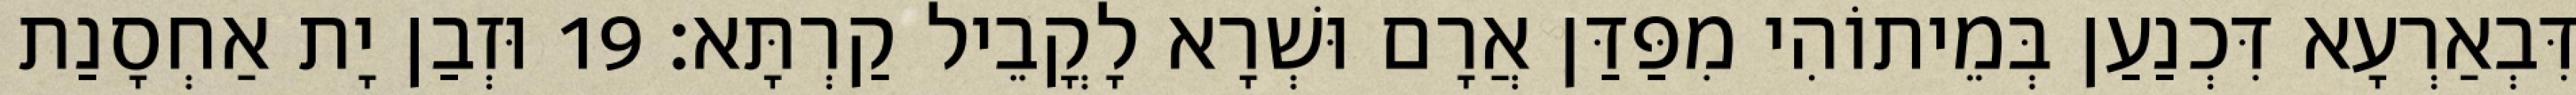
דִּבְאַרְעָא דִּכְנַעַן בְּמֵיתוֹהִי מִפַּדַּן אֲרָם וּשְׁרָא לָקֳבֵיל קַרְתָּא׃ 19 וּזְבַן יָת אַחְסָנַת